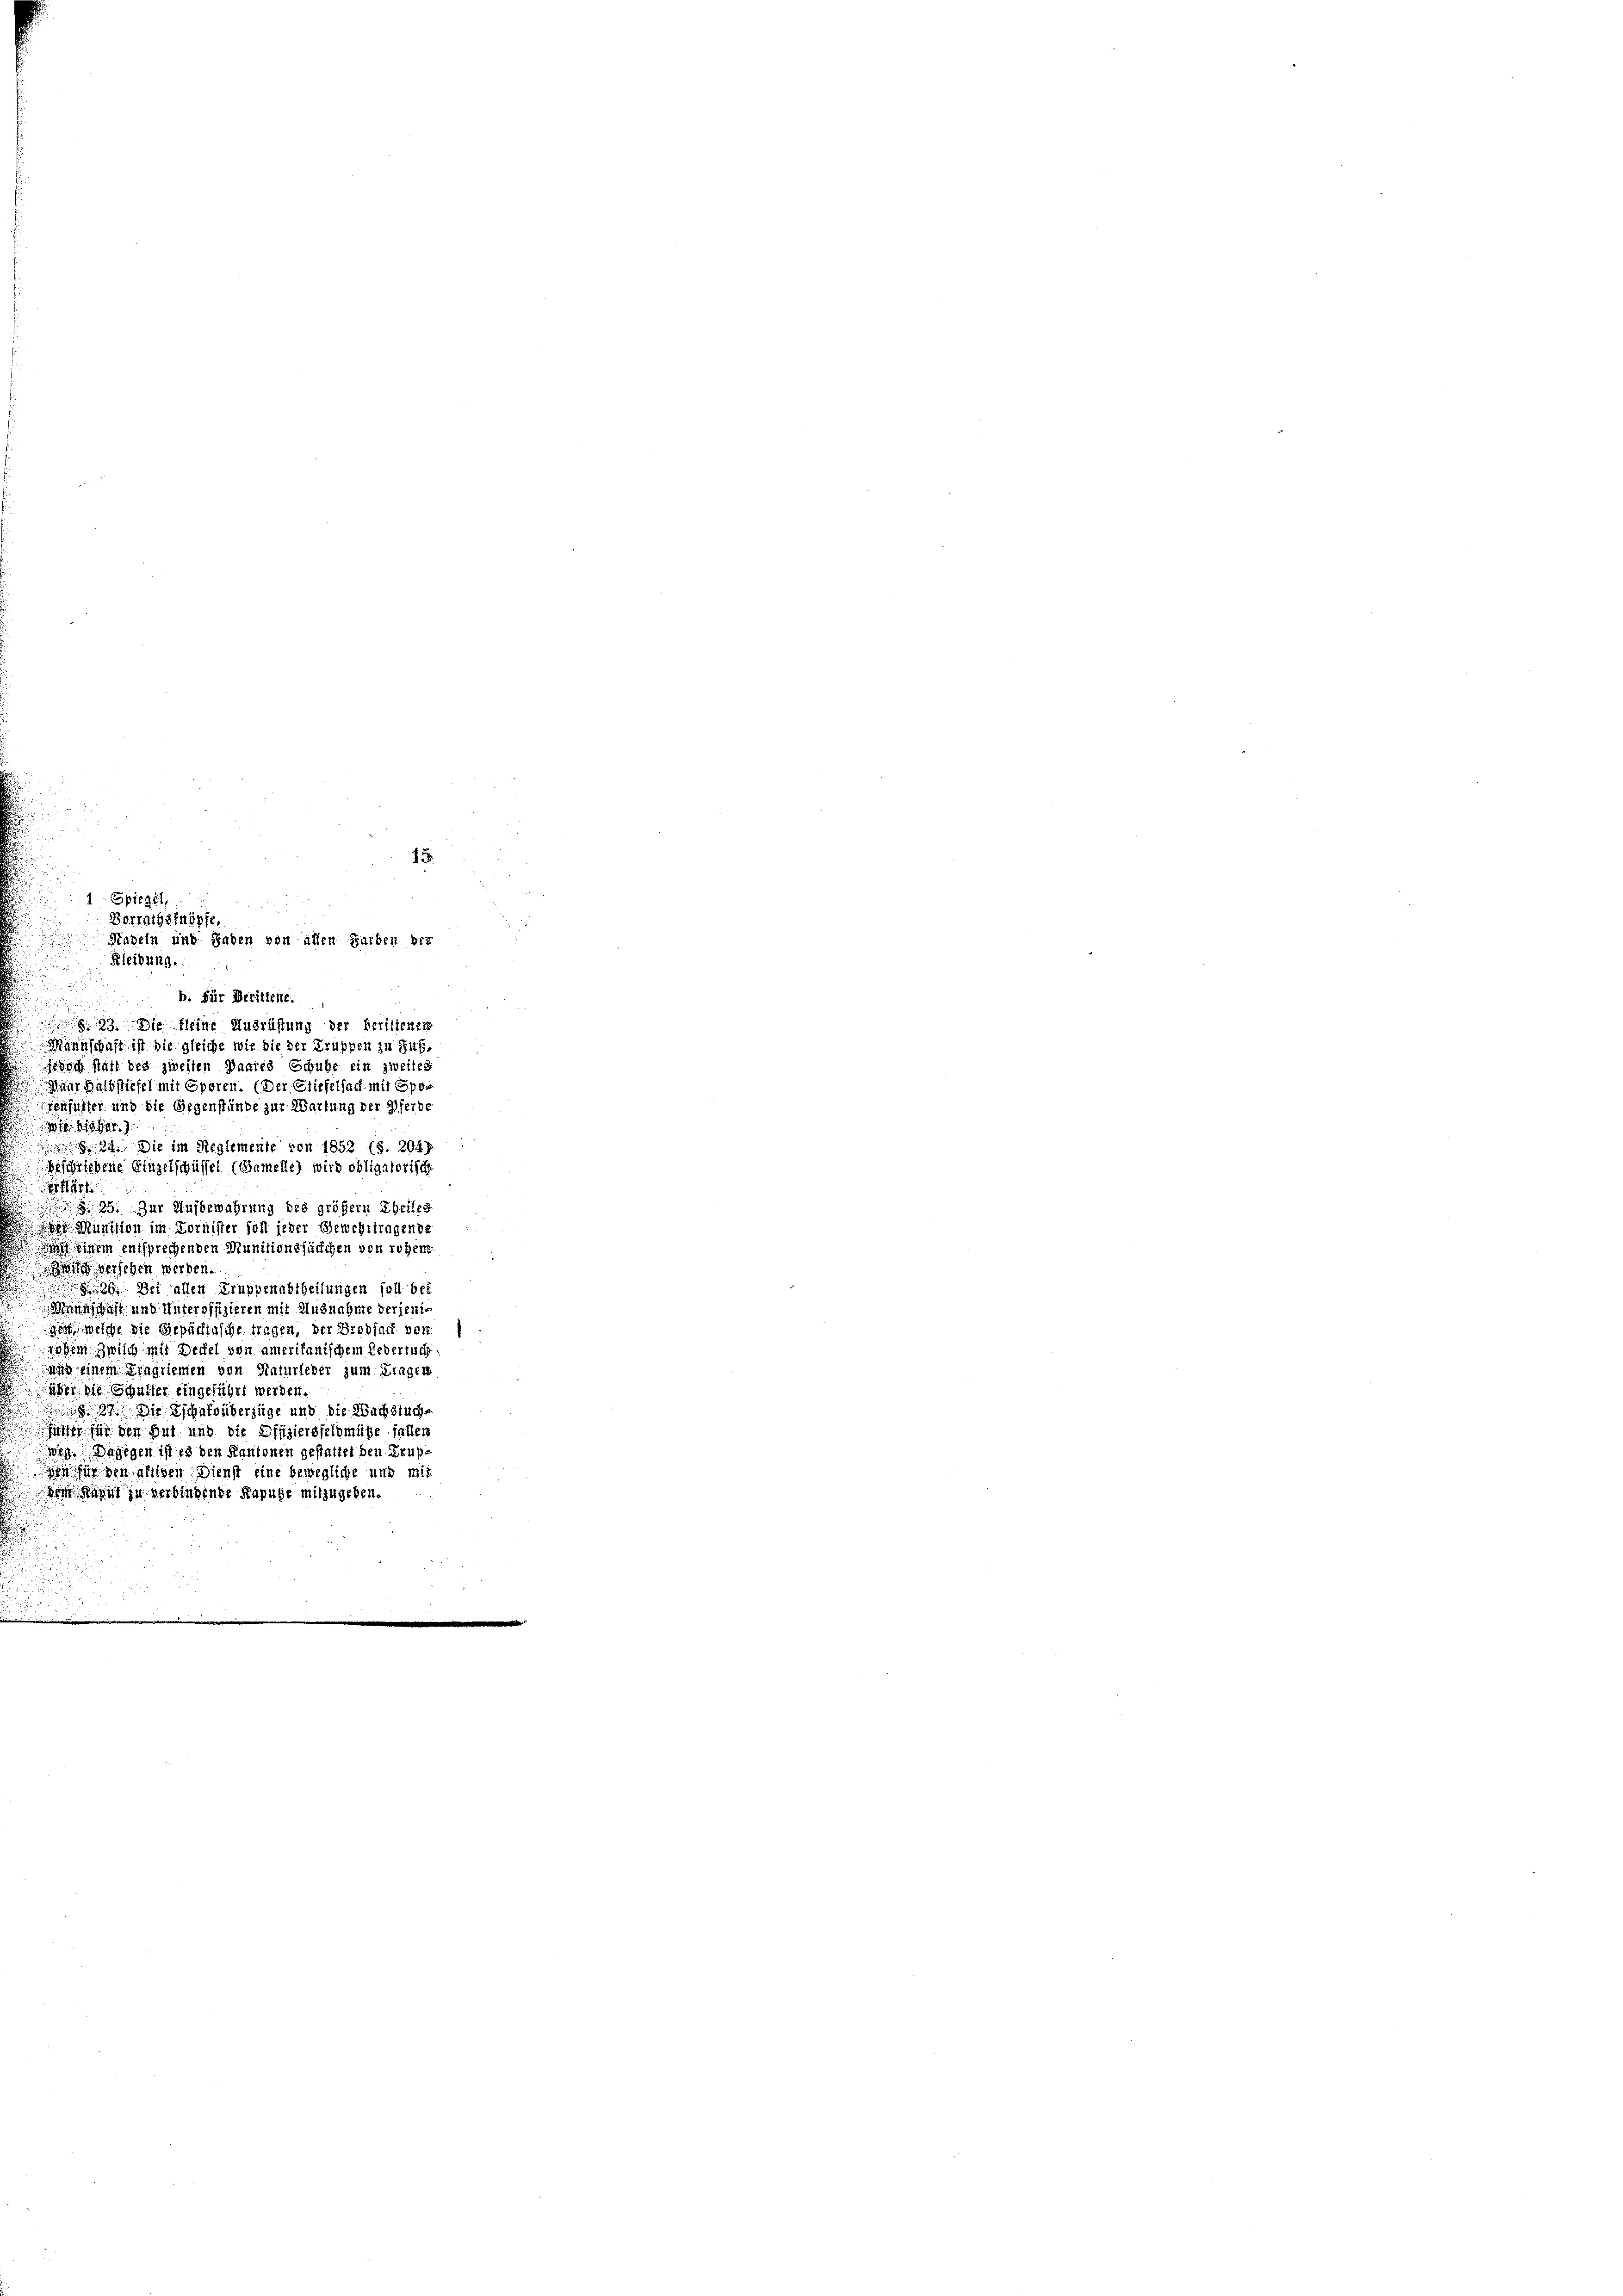
1 Spiegel,
Betragsknöpfe
Kleidung.
b. Für Drittelte.
39. Die kleine Ausrüstung der beriltenen
Mannschaft ist die gleiche wie die der Truppen zu Fuß¬

15
Nadeln und Saben von allen Garben ber

edich hatt des zweiten Paares Schube ein zweites
 iur. Halbstiefel mit Operen. (Der Stiefelfach mit Speienfister und die Gegenstände zur Wartung der Pferde
1804
u
 24. Die im Reglemente von 1852 (S. 204.
Beschriebene Einzelschüssel (Gamelle) wird obligatorisch
1
2
25. Zur Aufbewahrung des größern Theiles
 Munition im Dornister soll jeder Gewehrtragende
 einem entsprechenden Munitionsfächchen von rohen
 versehen werden.
 Bei allen Truppenabtheilungen soll bei
Mönnicht und Unteroffizieren mit Ausnahme derjenig
gen, welche die Gepächtische tragen, der Brodsack vor s
ohem Zwilch mir Deckel von amerikanischem Ledertuch
an einem Tragriemen von Naturleber zum Fragen
ier die Schulfer eingeführt werden.
19 Die schaft überzüge und die Wachstuchfister für den Gut und die Offiziersfeldmütze faller
weg. Dagegen ist es den Kantonen gestattet den Grup
en für den aligen Dienst eine bewegliche und mit
dem Kann zu verbindende Kapuze mitzugeben.